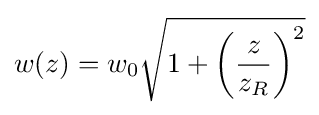
w(z)=w_{0}{\sqrt {1+\left({\frac {z}{z_{R}}}\right)^{2}}}